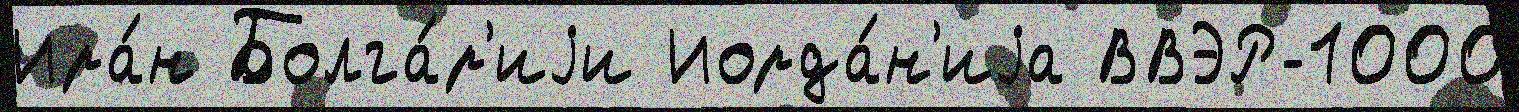
Ира́н Болга́р'иjи Иорда́н'иjа ВВЭР-1000